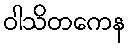
ဝါသိတကေန